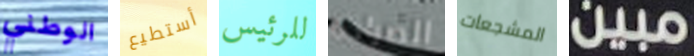
الوطني أستطيع للرئيس الصراحة المشجعات مبين